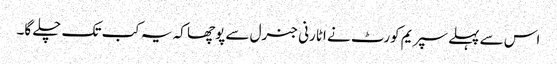
اس سے پہلے سپریم کورٹ نے اٹارنی جنرل سے پوچھا کہ یہ کب تک چلے گا۔